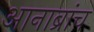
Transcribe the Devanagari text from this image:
आनाब्रांच